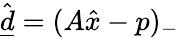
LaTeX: \hat{\underline{d}}=(A\hat{x}-p)_{-}